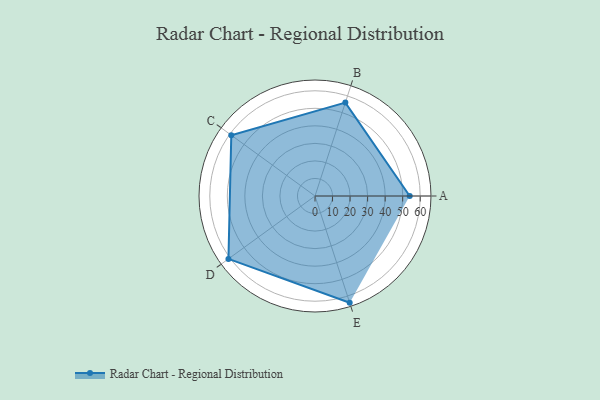
{"axis": {"x": "Skill", "y": "Score"}, "legend": ["Profile"], "data": [{"x": "A", "y": 54.0, "type": "Profile"}, {"x": "B", "y": 56.0, "type": "Profile"}, {"x": "C", "y": 59.0, "type": "Profile"}, {"x": "D", "y": 61.0, "type": "Profile"}, {"x": "E", "y": 64.0, "type": "Profile"}]}